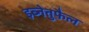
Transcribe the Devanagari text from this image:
इब्नेतुफ़ैल